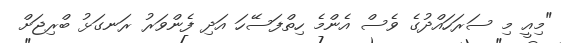
"މިއީ މި ސަރަހައްދުގެ ވެސް އެންމެ ހިތްފަސޭހަ އަދި ފެންވަރު ރަނގަޅު ބްރިޖަށް